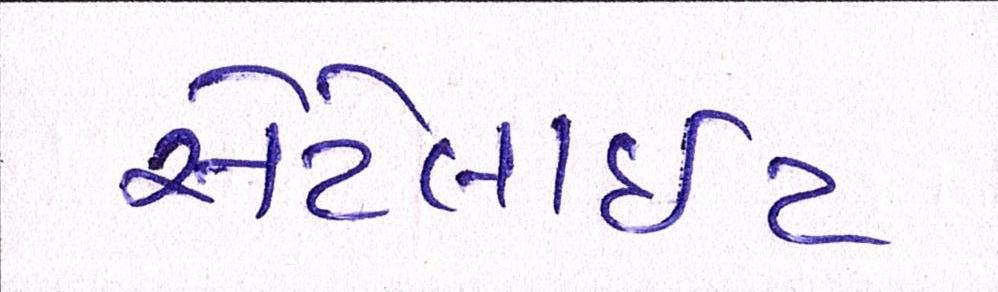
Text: સેટેલાઈટ